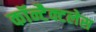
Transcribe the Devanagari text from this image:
कॉन्टैक्टलेस